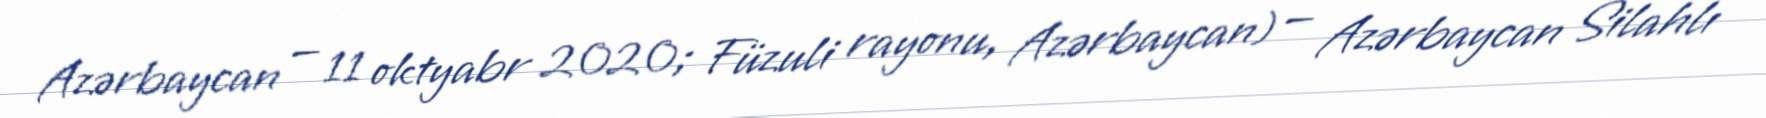
Azərbaycan — 11 oktyabr 2020; Füzuli rayonu, Azərbaycan) — Azərbaycan Silahlı